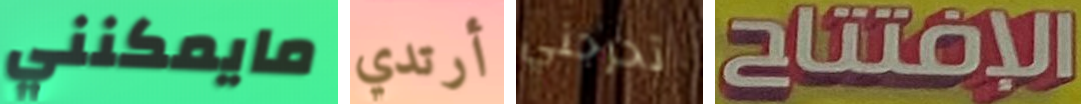
مايمكنني أرتدي تحرجني الإفتتاح